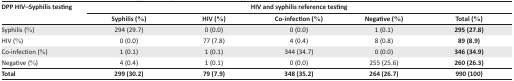
<table><thead><tr><td rowspan="2"><b>DPP HIV–Syphilis testing</b></td><td colspan="5"><b>HIV and syphilis reference testing</b></td></tr><tr><td><b>Syphilis (%)</b></td><td><b>HIV (%)</b></td><td><b>Co-infection (%)</b></td><td><b>Negative (%)</b></td><td><b>Total (%)</b></td></tr></thead><tbody><tr><td>Syphilis (%)</td><td>294 (29.7)</td><td>0 (0.0)</td><td>0 (0.0)</td><td>1 (0.1)</td><td><b>295 (27.8)</b></td></tr><tr><td>HIV (%)</td><td>0 (0.0)</td><td>77 (7.8)</td><td>4 (0.4)</td><td>8 (0.8)</td><td><b>89 (8.9)</b></td></tr><tr><td>Co-infection (%)</td><td>1 (0.1)</td><td>1 (0.1)</td><td>344 (34.7)</td><td>0 (0.0)</td><td><b>346 (34.9)</b></td></tr><tr><td>Negative (%)</td><td>4 (0.4)</td><td>1 (0.1)</td><td>0 (0.0)</td><td>255 (25.6)</td><td><b>260 (26.3)</b></td></tr><tr><td><b>Total</b></td><td><b>299 (30.2)</b></td><td><b>79 (7.9)</b></td><td><b>348 (35.2)</b></td><td><b>264 (26.7)</b></td><td><b>990 (100)</b></td></tr></tbody></table>